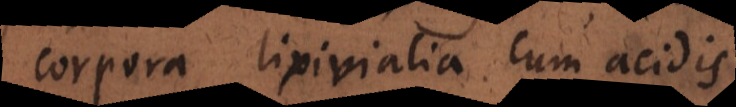
corpora lixivialia cum acidis